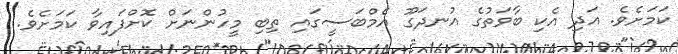
ކަމަށެވެ. އަދި އެކި ބާވަތުގެ އުނދަގޫ އެމްބަސީގައި ތިބި މީހުންނަށް ކޮށްފައިވާ ކަމަށެވެ.